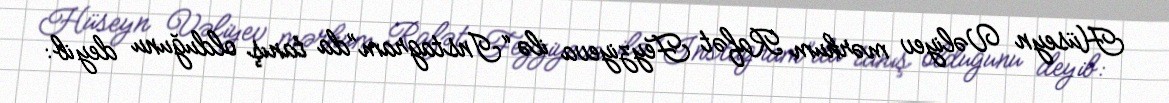
Hüseyn Vəliyev mərhum Rafət Feyziyeva ilə “Instagram”da tanış olduğunu deyib: